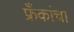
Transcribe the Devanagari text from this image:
फ्रँकांचा